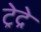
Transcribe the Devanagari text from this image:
ट्रेद्रे